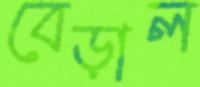
বেড়াল